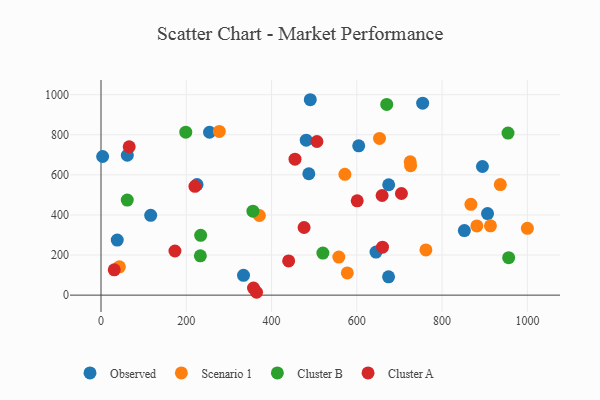
{"axis": {"x": "Price", "y": "Salary"}, "legend": ["Cluster A", "Cluster B", "Observed", "Scenario 1"], "data": [{"x": "674.4", "y": 91.5, "type": "Observed"}, {"x": "604.4", "y": 744.6, "type": "Observed"}, {"x": "674.7", "y": 550.6, "type": "Observed"}, {"x": "852.2", "y": 322.0, "type": "Observed"}, {"x": "334.2", "y": 98.9, "type": "Observed"}, {"x": "906.6", "y": 406.7, "type": "Observed"}, {"x": "894.6", "y": 641.7, "type": "Observed"}, {"x": "254.5", "y": 812.5, "type": "Observed"}, {"x": "38.1", "y": 274.5, "type": "Observed"}, {"x": "61.7", "y": 697.9, "type": "Observed"}, {"x": "116.5", "y": 398.1, "type": "Observed"}, {"x": "754.4", "y": 957.8, "type": "Observed"}, {"x": "645.0", "y": 214.7, "type": "Observed"}, {"x": "487.4", "y": 605.6, "type": "Observed"}, {"x": "3.8", "y": 691.5, "type": "Observed"}, {"x": "481.3", "y": 773.0, "type": "Observed"}, {"x": "225.2", "y": 551.7, "type": "Observed"}, {"x": "490.8", "y": 974.8, "type": "Observed"}, {"x": "653.2", "y": 782.0, "type": "Scenario 1"}, {"x": "725.2", "y": 664.9, "type": "Scenario 1"}, {"x": "936.5", "y": 551.4, "type": "Scenario 1"}, {"x": "277.5", "y": 816.6, "type": "Scenario 1"}, {"x": "867.6", "y": 453.2, "type": "Scenario 1"}, {"x": "572.0", "y": 602.5, "type": "Scenario 1"}, {"x": "762.0", "y": 225.6, "type": "Scenario 1"}, {"x": "726.1", "y": 645.8, "type": "Scenario 1"}, {"x": "881.5", "y": 345.1, "type": "Scenario 1"}, {"x": "913.4", "y": 345.9, "type": "Scenario 1"}, {"x": "371.4", "y": 397.2, "type": "Scenario 1"}, {"x": "43.1", "y": 141.2, "type": "Scenario 1"}, {"x": "557.8", "y": 189.7, "type": "Scenario 1"}, {"x": "1000.0", "y": 333.3, "type": "Scenario 1"}, {"x": "577.7", "y": 110.8, "type": "Scenario 1"}, {"x": "61.6", "y": 474.4, "type": "Cluster B"}, {"x": "670.1", "y": 951.5, "type": "Cluster B"}, {"x": "198.8", "y": 812.8, "type": "Cluster B"}, {"x": "356.3", "y": 418.7, "type": "Cluster B"}, {"x": "233.0", "y": 196.1, "type": "Cluster B"}, {"x": "233.7", "y": 298.3, "type": "Cluster B"}, {"x": "956.1", "y": 187.0, "type": "Cluster B"}, {"x": "520.4", "y": 209.9, "type": "Cluster B"}, {"x": "954.6", "y": 808.5, "type": "Cluster B"}, {"x": "173.4", "y": 220.2, "type": "Cluster A"}, {"x": "600.9", "y": 470.4, "type": "Cluster A"}, {"x": "506.4", "y": 766.3, "type": "Cluster A"}, {"x": "455.0", "y": 678.2, "type": "Cluster A"}, {"x": "357.7", "y": 35.4, "type": "Cluster A"}, {"x": "220.3", "y": 543.0, "type": "Cluster A"}, {"x": "364.8", "y": 14.3, "type": "Cluster A"}, {"x": "440.1", "y": 170.6, "type": "Cluster A"}, {"x": "31.1", "y": 126.3, "type": "Cluster A"}, {"x": "660.2", "y": 239.5, "type": "Cluster A"}, {"x": "659.3", "y": 497.1, "type": "Cluster A"}, {"x": "704.6", "y": 507.1, "type": "Cluster A"}, {"x": "476.3", "y": 337.5, "type": "Cluster A"}, {"x": "66.1", "y": 740.2, "type": "Cluster A"}]}